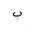
Letter: _ba